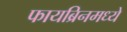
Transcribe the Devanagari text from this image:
फायब्रिनमध्ये